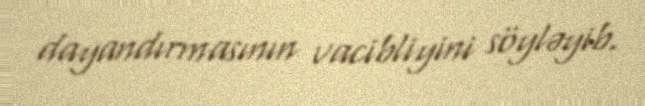
dayandırmasının vacibliyini söyləyib.